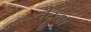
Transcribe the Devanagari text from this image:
तेदूंआ